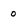
Character: 0